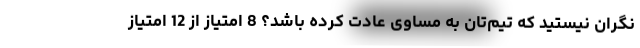
نگران نیستید که تیم‌تان به مساوی عادت کرده باشد؟ 8 امتیاز از 12 امتیاز